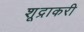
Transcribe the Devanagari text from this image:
शूद्राकरी